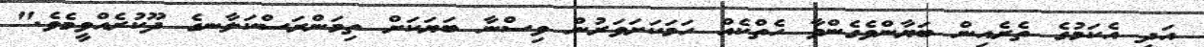
އަދި އެކަމުގެ ތެރެއިން ބަޔާންވެގެންވާ ހެތްކެއް ހަމަކަށަވަރުން ވިސްނާ ބަޔަކަށް ތިމަންރަސްކަލާނގެ ދޫކުރެއްވީމެވެ."